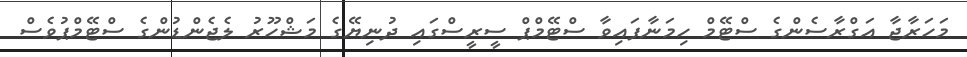
މަހަރާޖާ އަގްރާސެންގެ ސްޓޭމް ހިމަނާފައިވާ ސްޓޭމްޕް ސީރީސްގައި ދުނިޔޭގެ މަޝްހޫރު ލެޖެންޑުންގެ ސްޓޭމްޕުވެސް